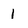
Character: 1